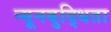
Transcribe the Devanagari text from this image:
न्यूनबुद्धिता